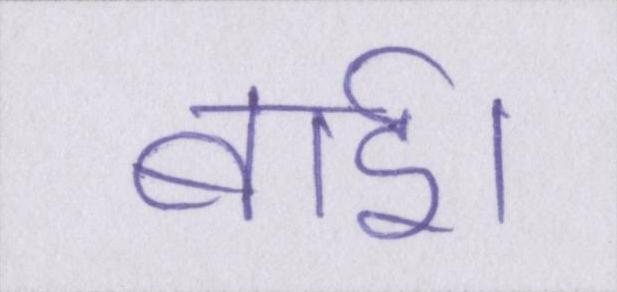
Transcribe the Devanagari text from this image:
बाई।